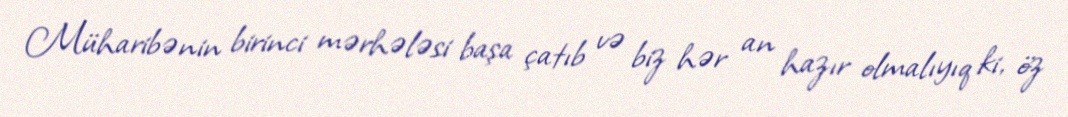
Müharibənin birinci mərhələsi başa çatıb və biz hər an hazır olmalıyıq ki, öz